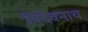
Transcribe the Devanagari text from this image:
त्रिदेवनाथ